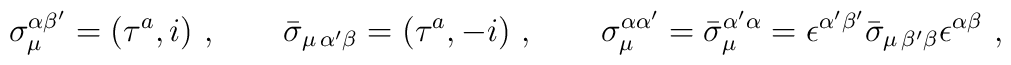
\sigma_\mu^{\alpha\beta'} = (\tau^a, i) \ , \qquad\bar\sigma_{\mu\, \alpha'\beta} = (\tau^a, -i) \ , \qquad\sigma_\mu^{\alpha\alpha'} = \bar\sigma_\mu^{\alpha'\alpha}= \epsilon^{\alpha'\beta'} \bar\sigma_{\mu\, \beta'\beta}\epsilon^{\alpha\beta} \ ,